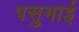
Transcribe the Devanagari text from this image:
पसुमाई